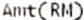
AMT(RM)